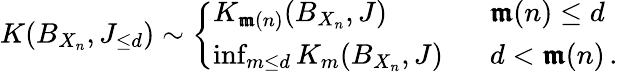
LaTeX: K(B_{X_{n}},J_{\leq d})\sim\left\{ \begin{array}{ll}{K_{\pmb{\mathfrak{m}}(n)}(B_{X_{n}},J)}&{\, \, \, \, \pmb{\mathfrak{m}}(n)\leq d\, }\\ {\operatorname*{inf}_{m\leq d}K_{m}(B_{X_{n}},J)}&{\, \, \, \, d<\pmb{\mathfrak{m}}(n)\, .}\end{array}\right.